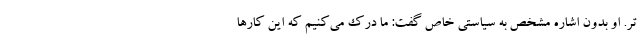
تر. او بدون اشاره مشخص به سیاستی خاص گفت: ما درک می‌کنیم که این کارها